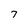
Character: 7